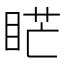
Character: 𥇀